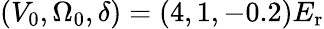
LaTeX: (V_{0},\Omega_{0},\delta)=(4,1,-0.2)E_{\mathrm{{r}}}